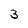
Character: 3